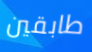
طابقين